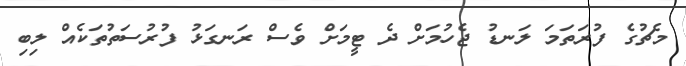
މެޗުގެ ފުރަތަމަ ލަނޑު ޖެހުމަށް ދެ ޓީމަށް ވެސް ރަނގަޅު ފުރުސަތުތަކެއް ލިބި